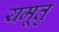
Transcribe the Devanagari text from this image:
यमूतु